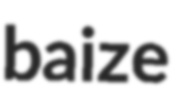
baize